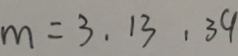
m = 3 , 1 3 , 3 9